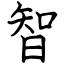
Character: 智